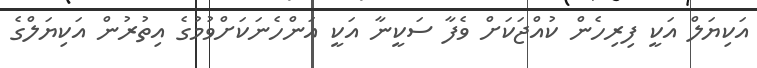
އަކިޔަލް އަކީ ފިރިހެން ކުއްޖަކަށް ވެފާ ސަކީނާ އަކީ އަންހެނަކަށްވުމުގެ އިތުރުން އަކިޔަލްގެ